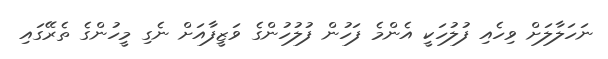
ނަހަލާލަށް ވިހެއި ފުލުހަކީ އެންމެ ފަހުން ފުލުހުންގެ ވަޒީފާއަށް ނެގި މީހުންގެ ތެރޭގައި